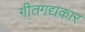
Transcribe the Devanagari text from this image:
गीतगद्यकार